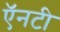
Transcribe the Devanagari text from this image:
ऍनटी